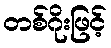
တစ်ဂိုးဖြင့်